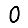
Digit: 0